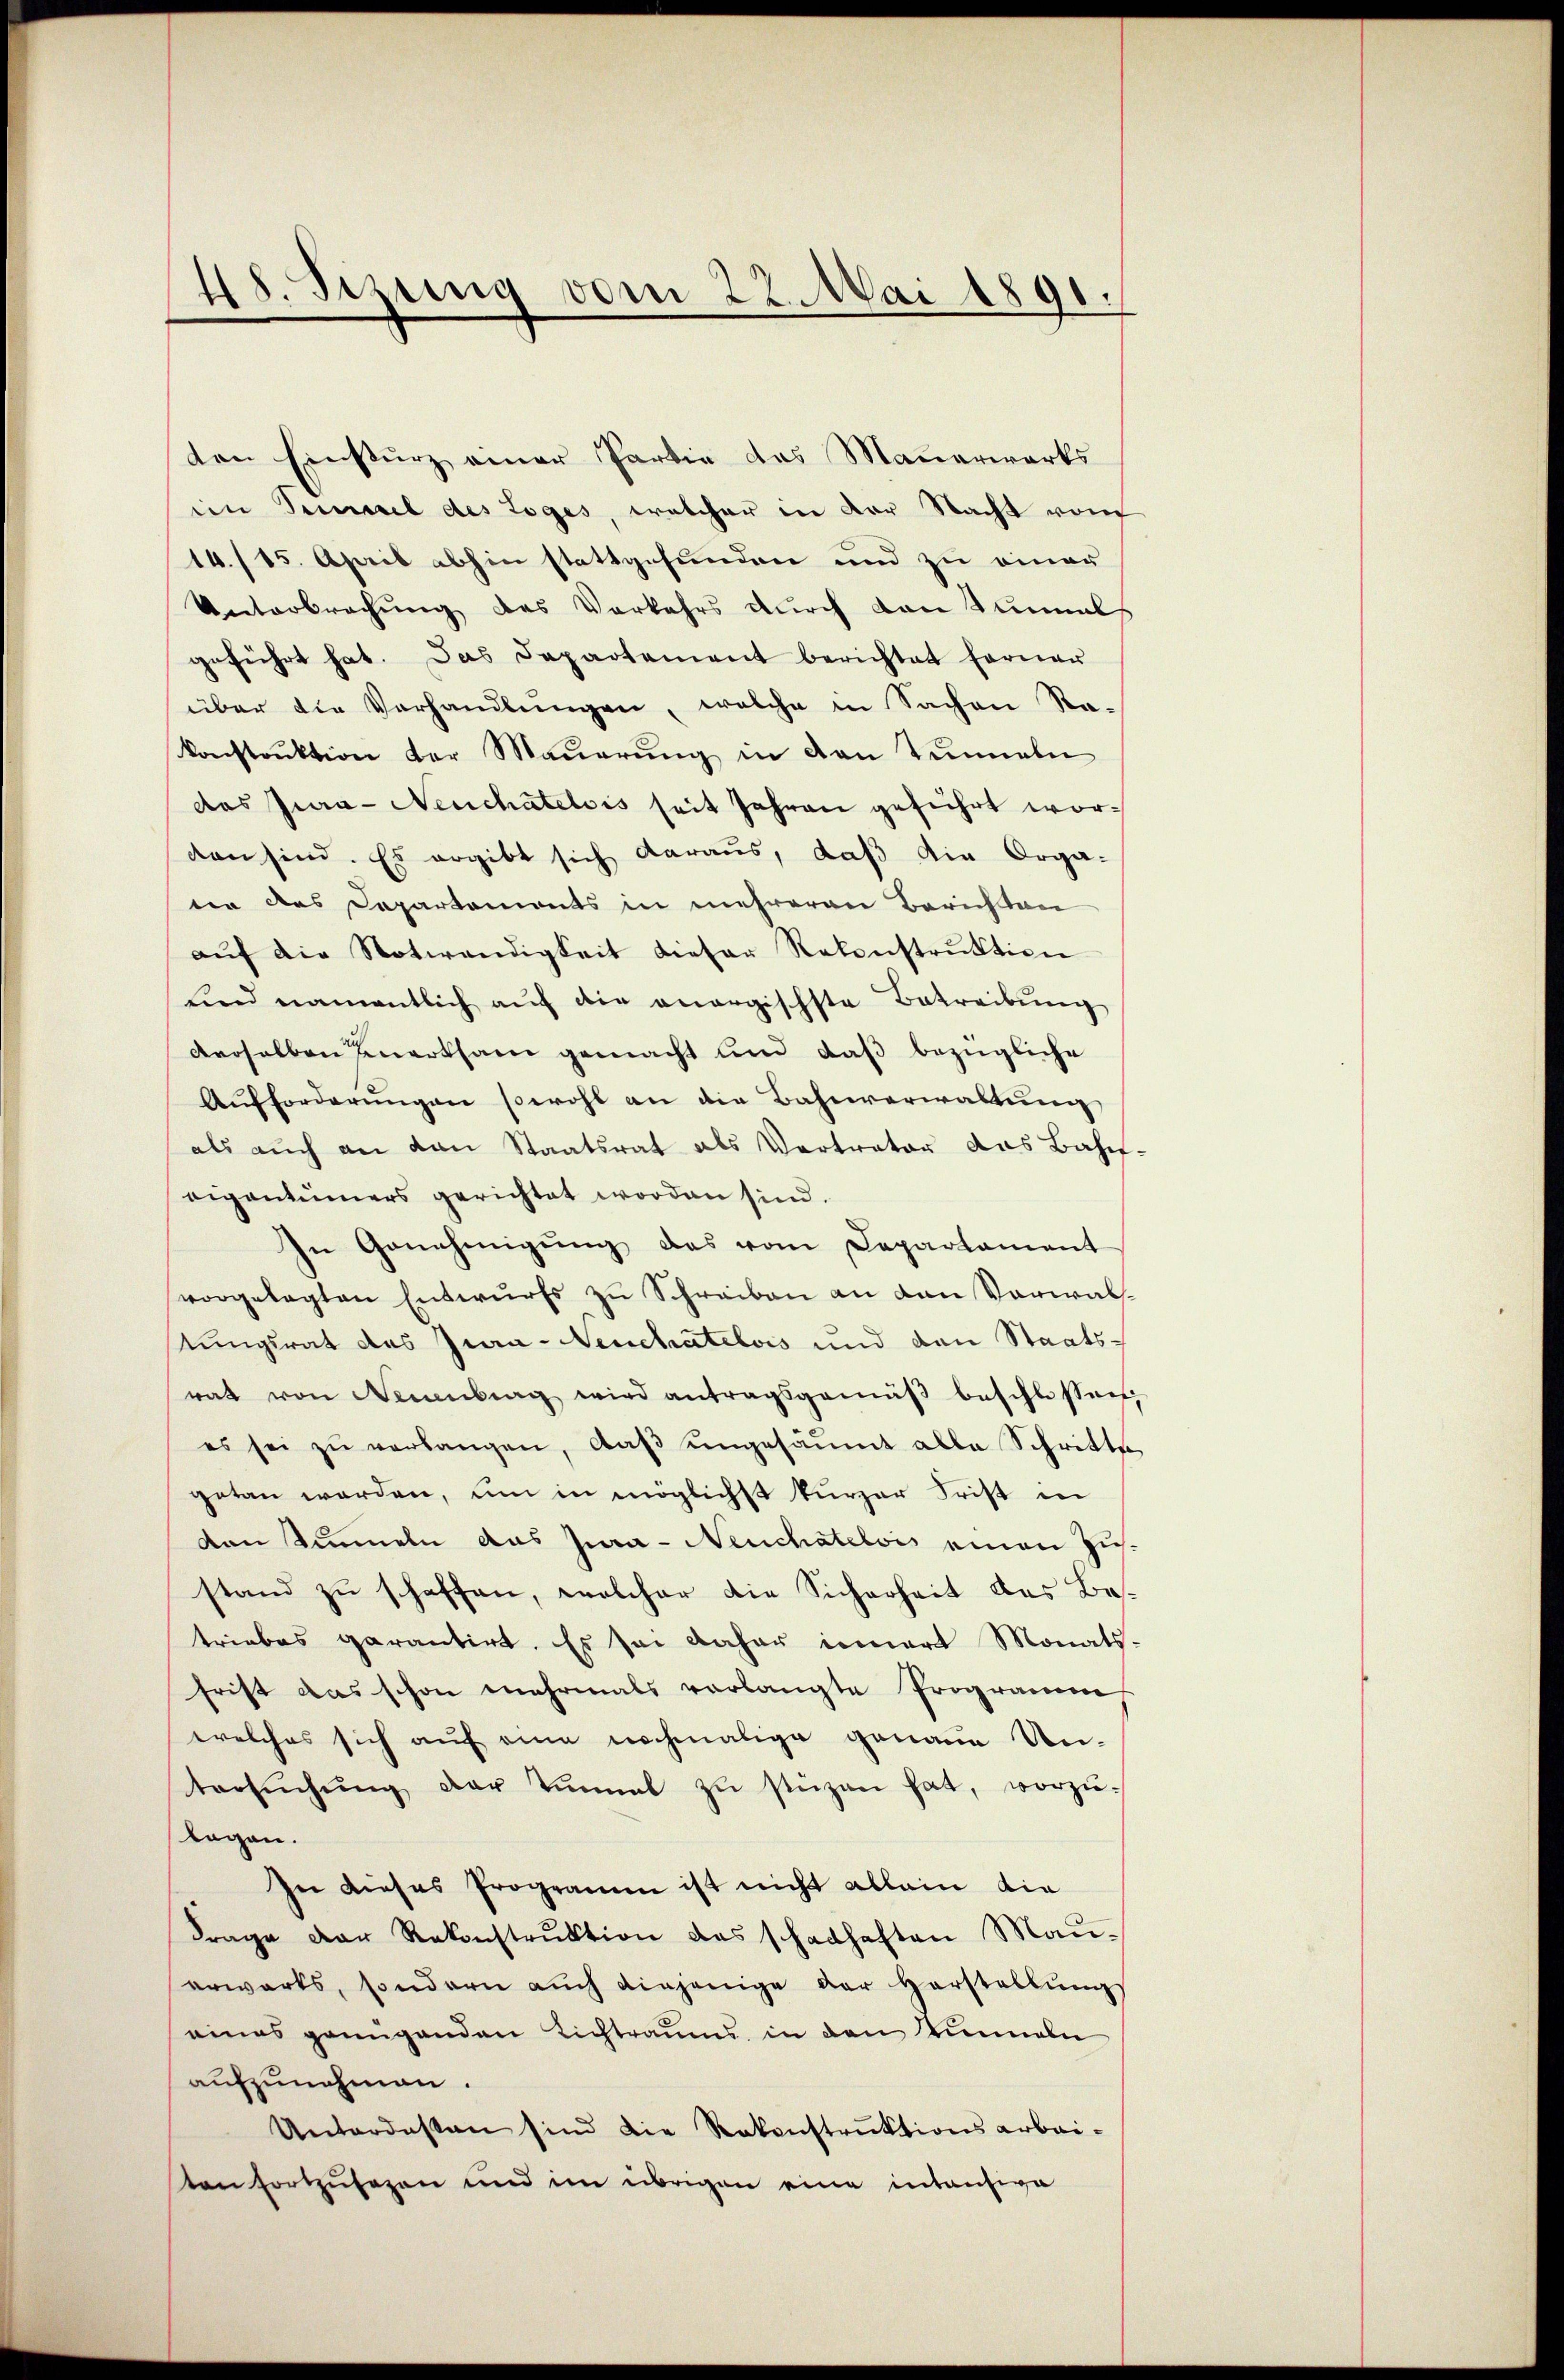
48. Setzung vom 22. Mai 1891.

den Einsturz einer Partie das Mauerwerks
ein Semmel des Loges, welcher in der Nacht vom
14./15. April abhin stattgefunden und zu einer
Unterbrechung des Vorkehrs durch von Tunnel
geführt hat. Das Departement berichtet ferner
über die Verhandlŭngen, welche in Sachen Ra-
konstruktion der Maŭerŭng in den Tunneln
das Jura- Neuchâtelois seit Jahren geführt worden sind. Es ergibt sich daraus, daß die Orga-
ter des Departemonts in mehreren Berichten
aŭf die Notwendigkeit dieser Rekonstrŭktion
und namentlich aŭf die anergischste Betreibŭng
derselben merksam gemacht und daß bezügliche
Aufforderungen sowohl an die Bahnverwaltung
als auch an van Staatsrat als Vertrator das Bahn-
eigentümers gerichtet worden sind.
In Genehmigŭng das vom Departament
vorgelegten Entwurfs zu Schreiben an den Verwaltungsrat des Zwa- Neuchatelois und den Staatsrat von Neuenburg wird antragsgemäβ beschlossen
es sei zŭ verlangen, daβ ŭngesäumt alle Schritte
getan werden, um in möglichst kurzer Frist in
den Simmeln das Jura- Neuchatelois einen Zustand zu schaffen, welcher die Sicherheit des Betriebes garantirt. Es sei daher innert Monats-
frist das schon mehrmals verlangte Programm
welches sich auf eine nochmalige genaue Un-
tersŭchŭng der Einmal zŭ stüzen hat, vorzŭ-
lagen.
In dieses Programm ist nicht allein die
Frage der Rekonstrŭktion das schadhaften Mauerwärts, sondern aŭch diejenige der Herstellŭng
eines genügenden Lichtraums in den Einneln
aufzunehmen.
Unterdasten sind die Rakenstruktionsarbeiten fortzusagen und im übrigen eine intantige